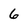
Character: 6